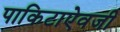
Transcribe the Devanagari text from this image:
पाकिटाऐवजी